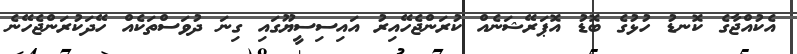
އެކުއްޖާގެ ކޮނޑު ހުޅުގެ ބޮޑު އޮޕަރޭޝަނެއް ކުރަންޖެހޭއިރު އައިސިސީޔޫގައި ގިނަ ދުވަސްތަކެއް ހޭދަކުރަންޖެހޭނެ